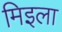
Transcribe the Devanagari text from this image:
मिइला